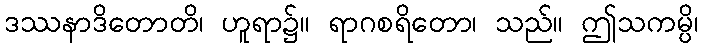
ဒဿနာဒိတောတိ၊ ဟူရာ၌။ ရာဂစရိတော၊ သည်။ ဤသကမ္ပိ၊